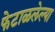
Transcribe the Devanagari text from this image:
फेटाळलेल्या